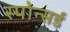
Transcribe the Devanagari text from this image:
स्पोन्सर्ड